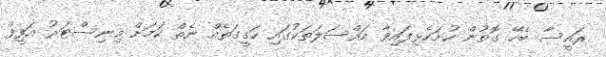
ރައީސާ ބެހޭ ގޮތުން ހުށަހެޅިފައިވާ މައްސަލަތަކުގައި ހަގީގަތެއް ނެތް ކަމަށް މިނިސްޓަރު އަފީފް